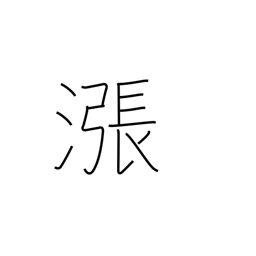
Meaning: overflow